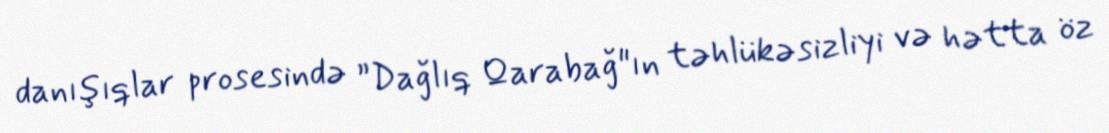
danışıqlar prosesində ”Dağlıq Qarabağ"ın təhlükəsizliyi və hətta öz